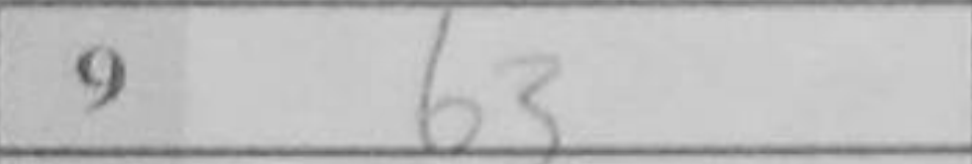
Transcription: b3